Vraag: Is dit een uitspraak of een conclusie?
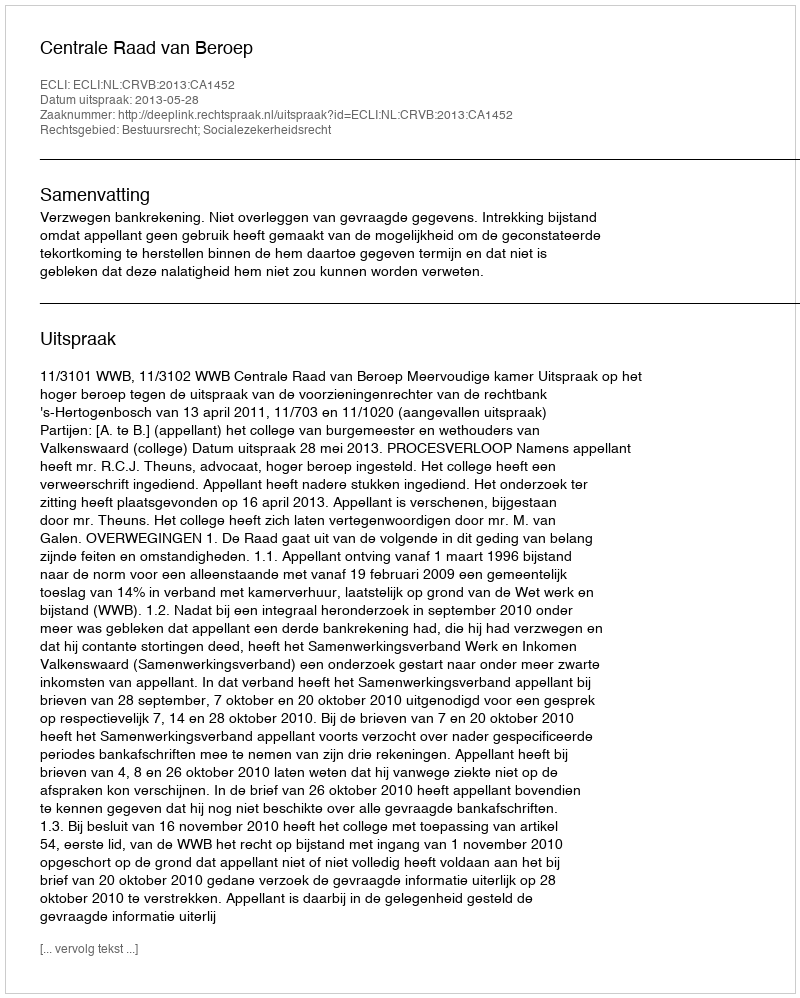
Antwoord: Uitspraak